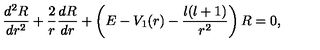
\frac { d ^ { 2 } R } { d r ^ { 2 } } + \frac { 2 } { r } \frac { d R } { d r } + \left( E - V _ { 1 } ( r ) - \frac { l ( l + 1 ) } { r ^ { 2 } } \right) R = 0 ,